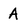
Character: a